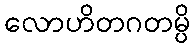
လောဟိတဂတမ္ပိ